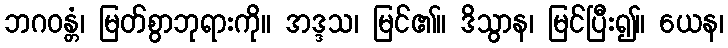
ဘဂဝန္တံ၊ မြတ်စွာဘုရားကို။ အဒ္ဒသ၊ မြင်၏။ ဒိသွာန၊ မြင်ပြီး၍။ ယေန၊